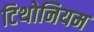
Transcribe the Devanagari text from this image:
टिथोनियम